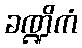
ခဏ္ဍိကံ